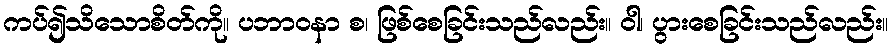
ကပ်၍သိသောစိတ်ကို။ ပဘာဝနာ စ၊ ဖြစ်စေခြင်းသည်လည်း။ ဝါ၊ ပွားစေခြင်းသည်လည်း။